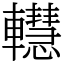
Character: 䡺